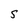
Character: S